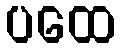
ပထေ